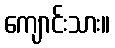
ကျောင်းသား။